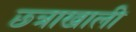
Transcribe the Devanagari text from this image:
छ्त्राखाली